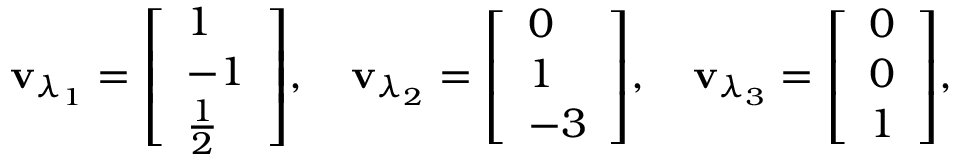
\mathbf { v } _ { \lambda _ { 1 } } = { \left[ \begin{array} { l } { 1 } \\ { - 1 } \\ { { \frac { 1 } { 2 } } } \end{array} \right] } , \quad \mathbf { v } _ { \lambda _ { 2 } } = { \left[ \begin{array} { l } { 0 } \\ { 1 } \\ { - 3 } \end{array} \right] } , \quad \mathbf { v } _ { \lambda _ { 3 } } = { \left[ \begin{array} { l } { 0 } \\ { 0 } \\ { 1 } \end{array} \right] } ,